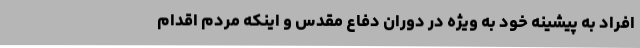
افراد به پیشینه خود به ویژه در دوران دفاع مقدس و اینکه مردم اقدام